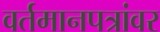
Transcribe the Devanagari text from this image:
वर्तमानपत्रांवर